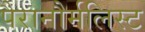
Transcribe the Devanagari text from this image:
पैरानौर्मलिस्ट